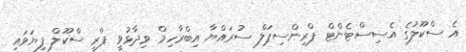
އެ ސްކޫލުގެ އެސިސްޓެންޓް ޕްރިންސިޕަލް ސުރައްޔާ އިބްރާހިމް ވިދާޅުވީ ޕްރީ ސްކޫލް ފިޔަވައި